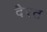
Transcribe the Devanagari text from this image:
दैरत